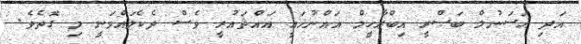
އަދި ޙަސަނުލް ބަޞްރީ އިބްރާހީމް އައްނުޚަޢީ އައްޘައުރީ ވެސް ދެކެލައްވަނީ މި ގޮތެވެ.